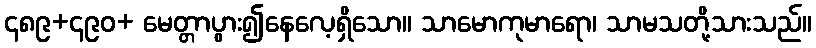
၄၈၉+၄၉၀+ မေတ္တာပွား၍နေလေ့ရှိသော။ သာမောကုမာရော၊ သာမသတို့သားသည်။